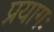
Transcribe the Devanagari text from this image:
प्रयागः